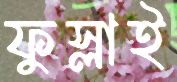
ফুস্‌লাই